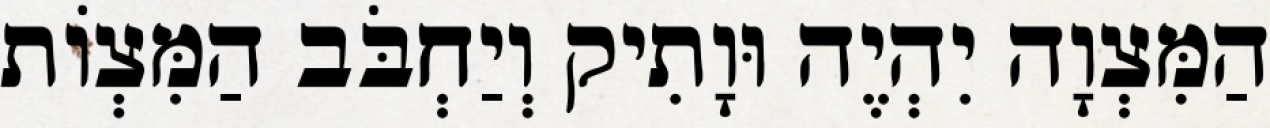
הַמִּצְוָה יִהְיֶה וּוָתִיק וְיַחְבֹּב הַמִּצְוֹת